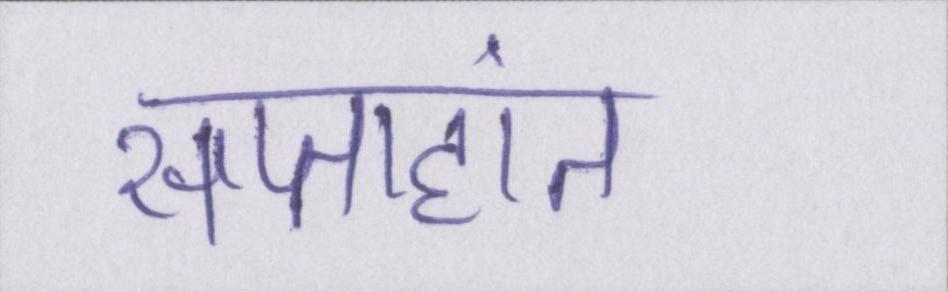
सप्ताहांत